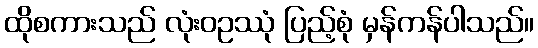
ထိုစကားသည် လုံးဝဥဿုံ ပြည့်စုံ မှန်ကန်ပါသည်။